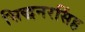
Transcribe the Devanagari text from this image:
सिद्धनरसिंह